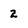
Character: 2